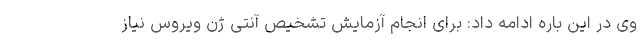
وی در این باره ادامه داد: برای انجام آزمایش تشخیص آنتی ژن ویروس نیاز